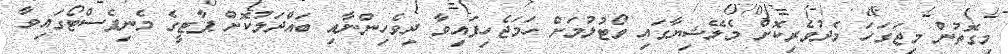
މިގޮތުން މިޖަގަހަ މެދުވެރިކޮށް މެލޭޝިޔާގައި ވޯޓުލުމަށް ހަމަޖެހިފައިވާ ދިވެހިންނާއި ބައްދަލުކޮށް ޕާޓީގެ މެނިފެސްޓޯގައިވާ